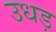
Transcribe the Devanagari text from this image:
उधड़